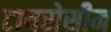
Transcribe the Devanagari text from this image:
टायरोसीन